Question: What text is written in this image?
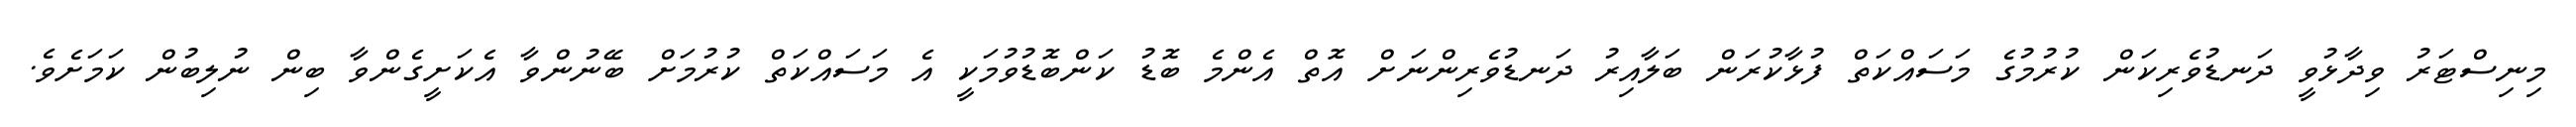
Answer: މިނިސްޓަރު ވިދާޅުވީ ދަނޑުވެރިކަން ކުރުމުގެ މަސައްކަތް ފުޅާކުރަން ބަލާއިރު ދަނޑުވެރިންނަށް އޮތް އެންމެ ބޮޑު ކަންބޮޑުވުމަކީ އެ މަސައްކަތް ކުރުމަށް ބޭނުންވާ އެކަށީގެންވާ ބިން ނުލިބުން ކަމަށެވެ.